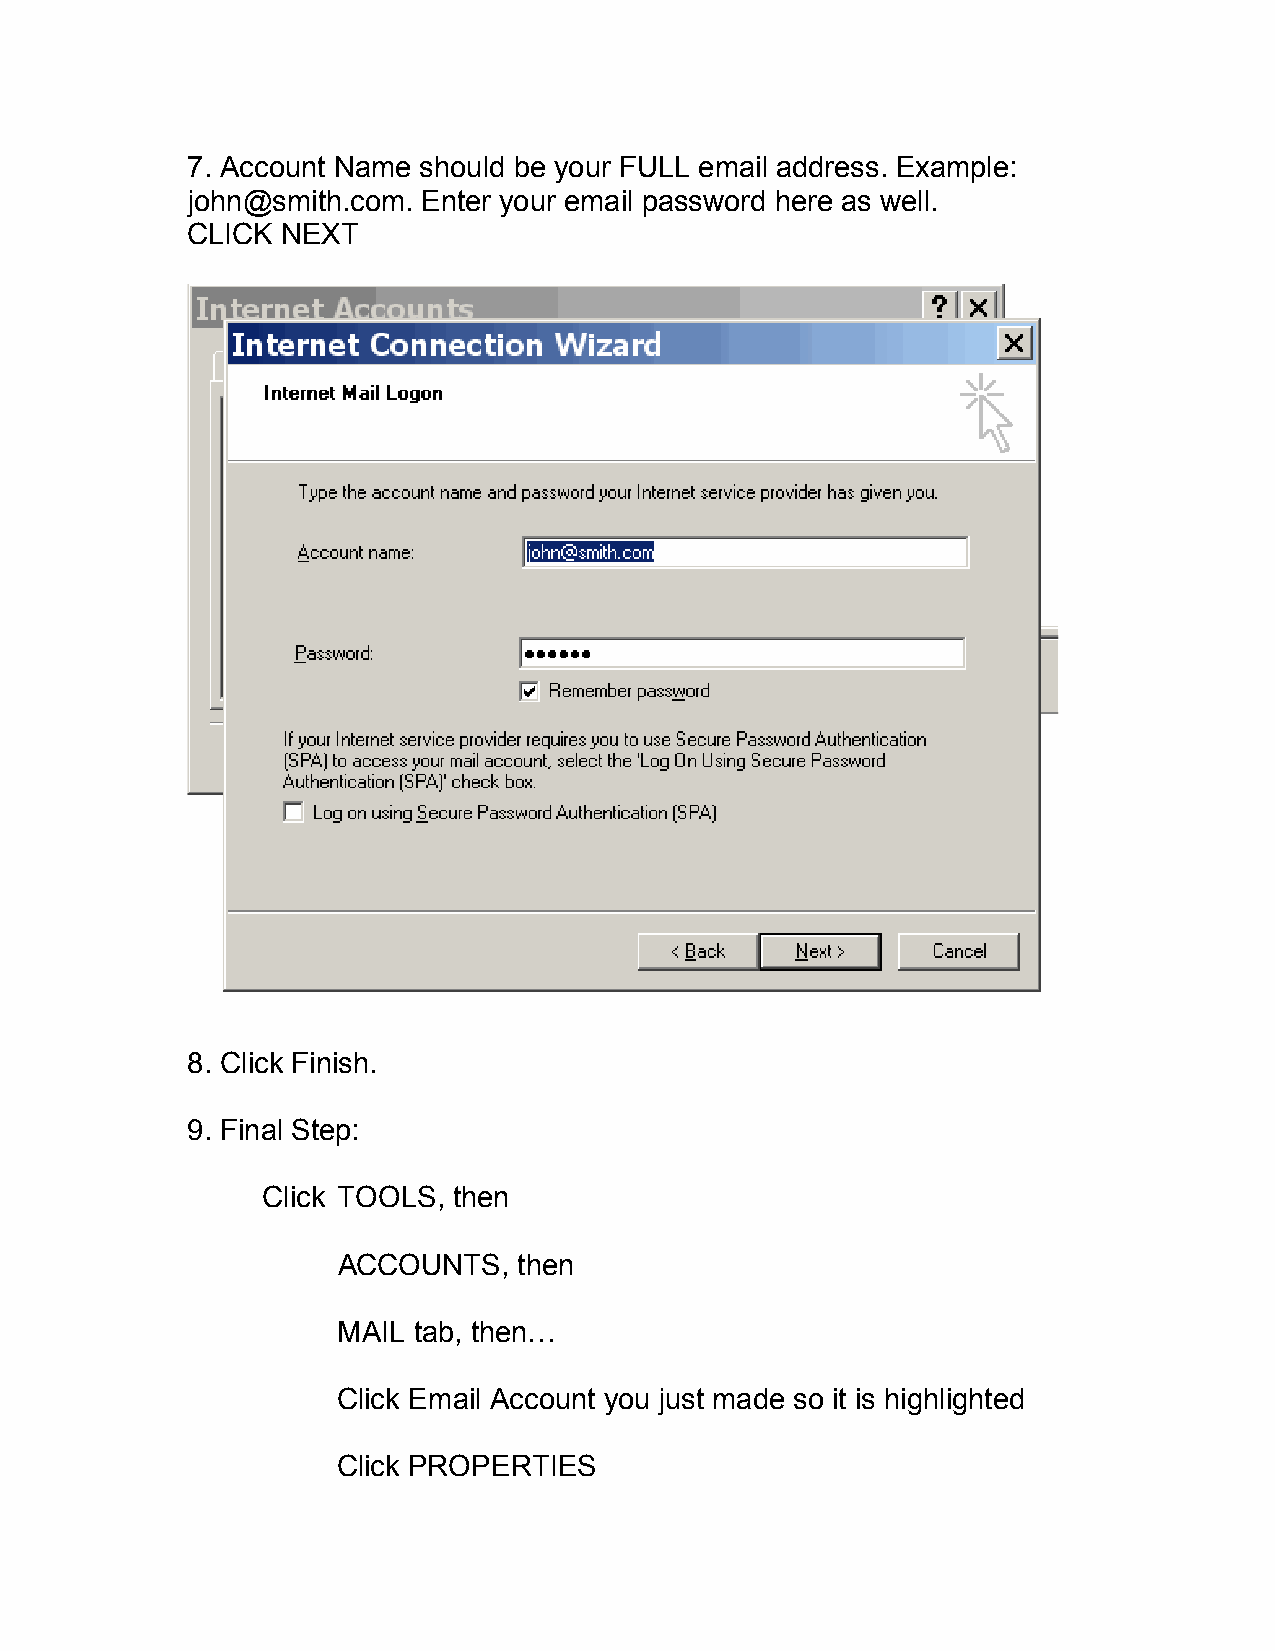
7. Account Name should be your FULL email address. Example:
 john@smith.com. Enter your email password here as well.
 CLICK  NEXT
 8. Click Finish.
 9. Final Step:
 Click TOOLS, then
 ACCOUNTS,   then
 MAIL tab, then…
 Click Email Account you just made so it is highlighted
 Click PROPERTIES